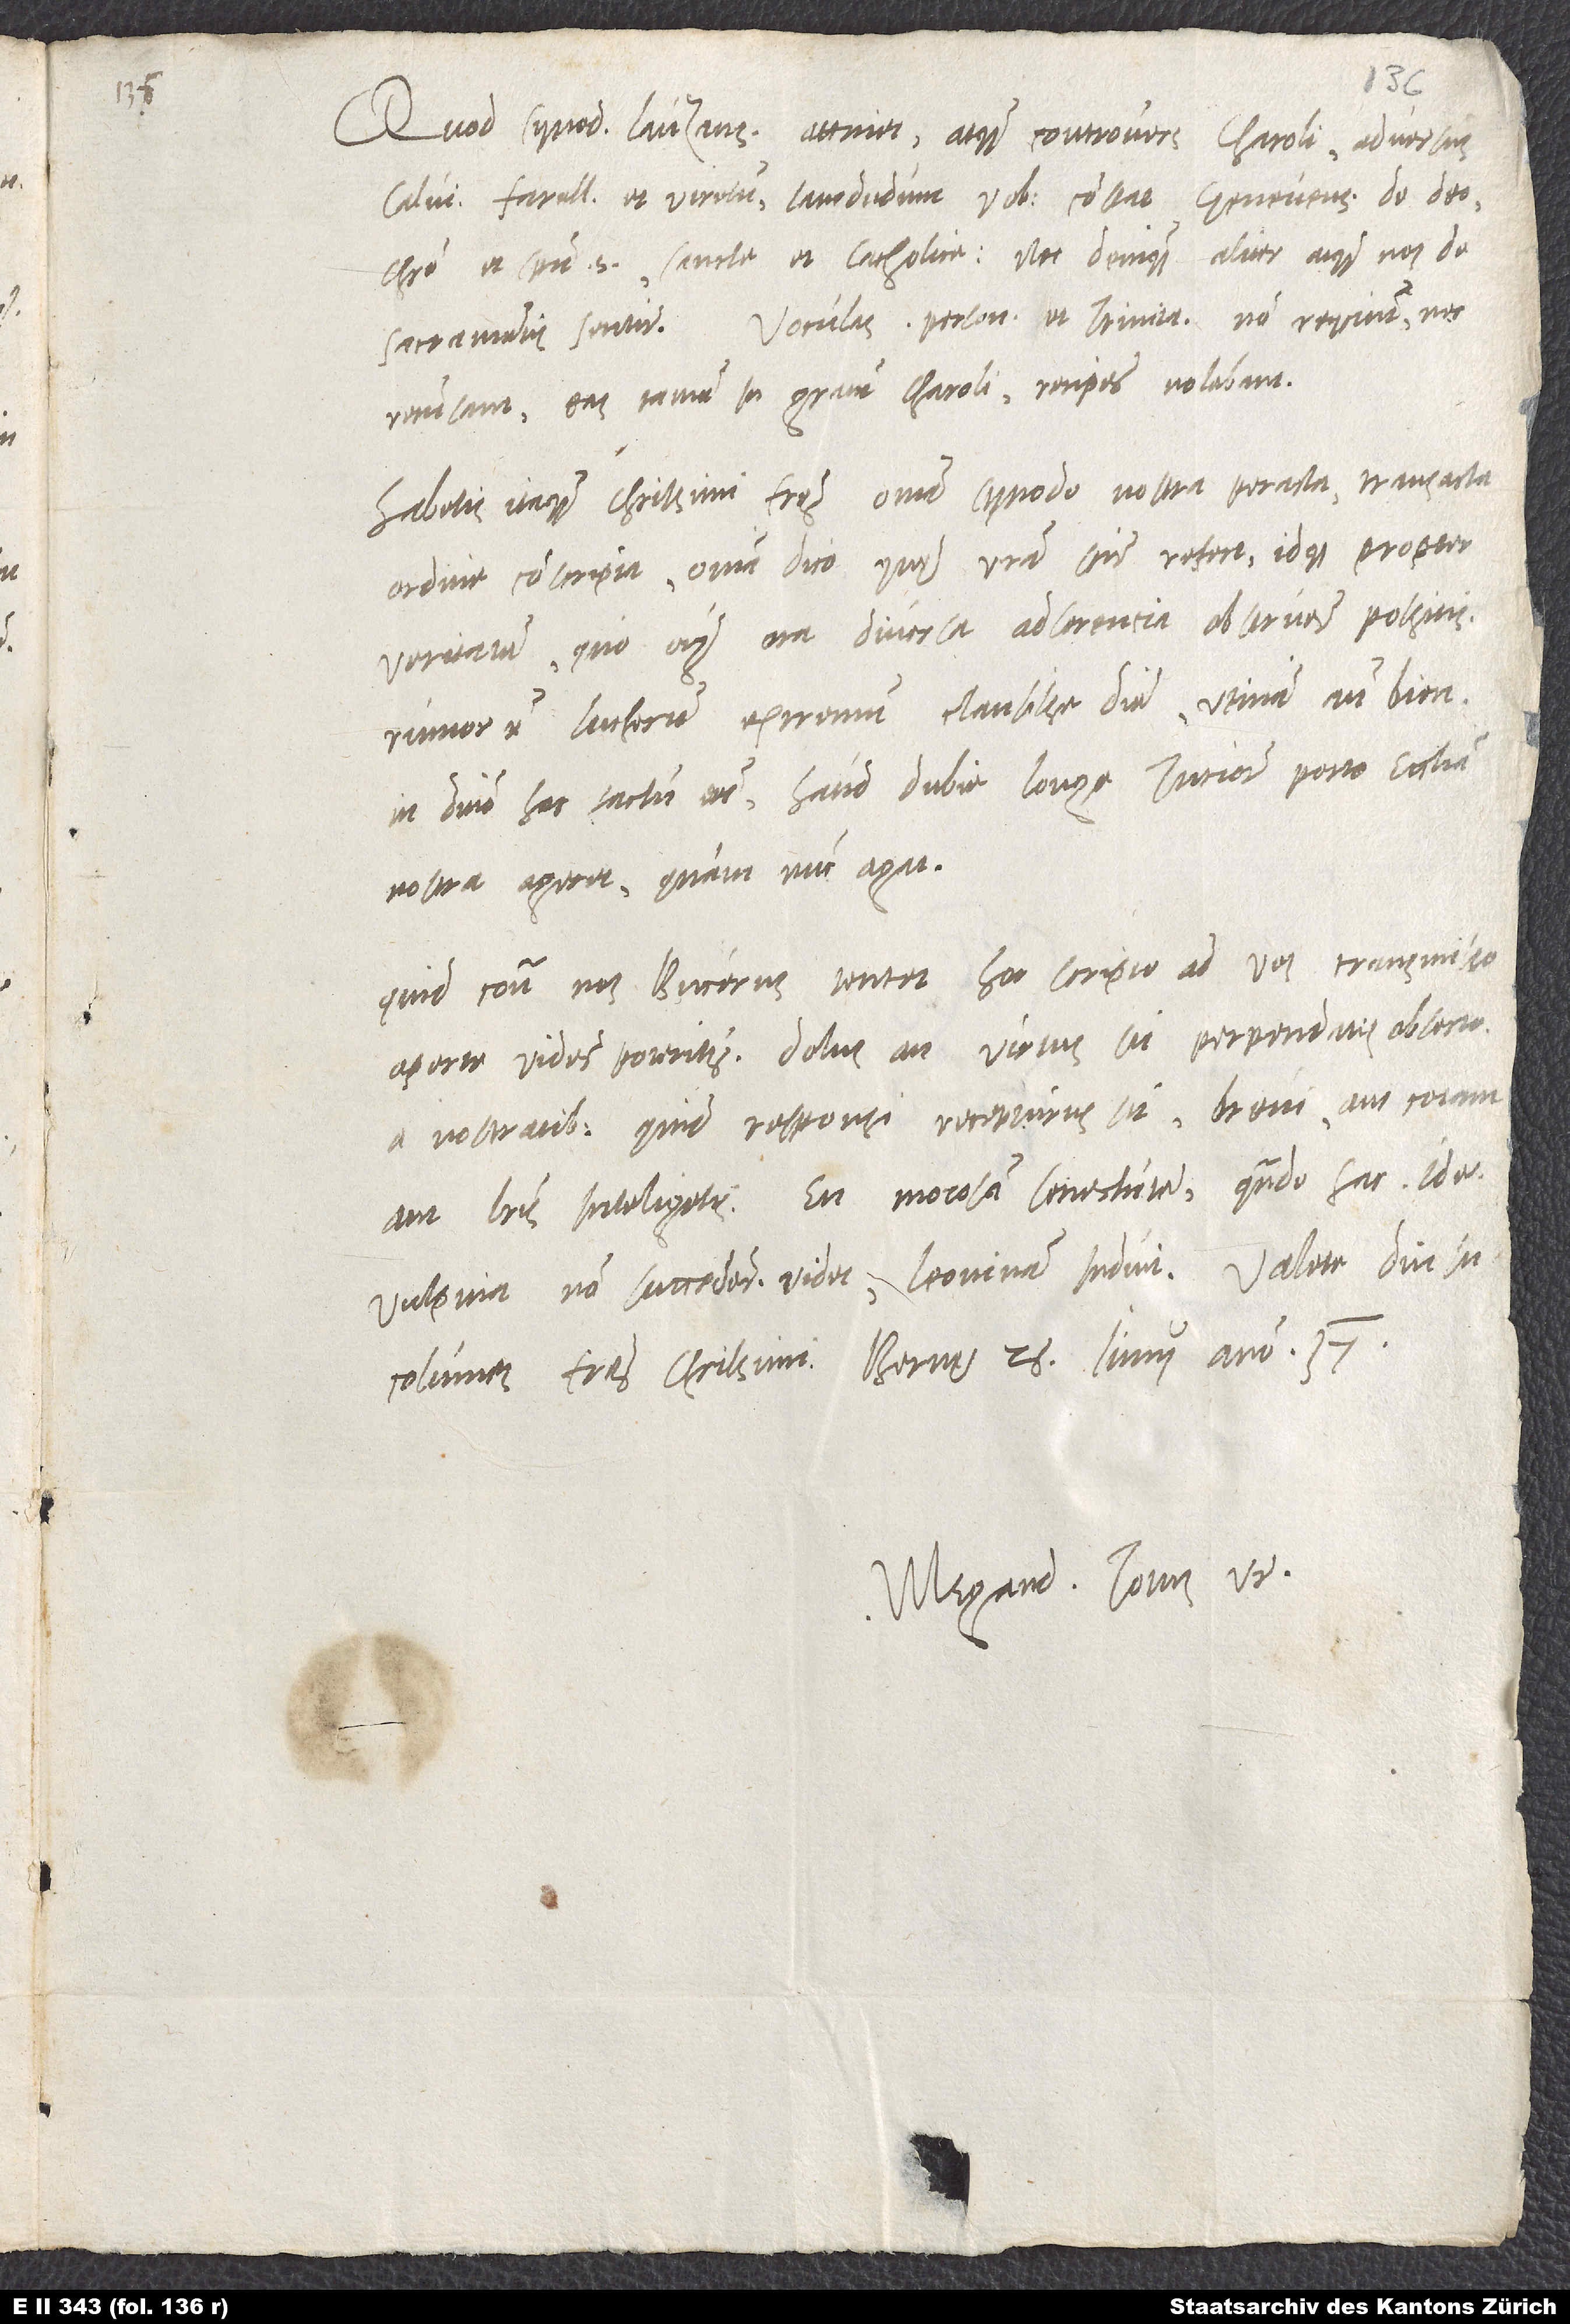
Quod synodum Lauzanensem attinet atque controversiam Charoli adversus
Calvinum, Farellum et Viretum, iamdudum vobis constat Genevenses de deo,
Christo et spiritu sancto sancte et catholice nec denique aliter atque nos de
sacramentis sentire. Voculas personarum et trinitatis non requirunt nec
recusant, eas tamen in gratiani Charoli recipere nolebant.
Habetis itaque, charissimi fratres, omnia synodo nostra peracta, transacta
ordine conscripta, omnia dico, quę vestra scire refert idque propter
veritatem, quo omnium ora diversa adserencia obstruere possitis.
Rumor est Lutherum extremum clausisse diem. Utinam ante biennium
in domino hoc factum esset! Haud dubie longe tuciore pacto ecclesia
nostra ageret, quam nunc agat.
Quid contra nos Bucerus tentet, hoc scripto ad vos transmisso
aperte videre poteritis. Dolus an virtus sit, perpendatis, obsecro.
A nostratibus quid responsi recepturus sit, brevi aut coram
aut literis inteligetis. En morosam senectutem! Quando hac, idest
vulpina, non succedere videt, leoninam induit. Valete diu
incolumes, fratres charissimi. Bernę, 26. iunii anno 37.
Megand. totus vester.